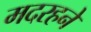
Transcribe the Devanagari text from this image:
मदरहने